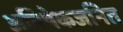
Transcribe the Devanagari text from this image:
अनिषेकजनित